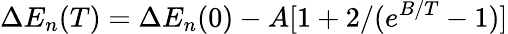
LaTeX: \Delta E_{n}(T)=\Delta E_{n}(0)-A[1+2/(e^{B/T}-1)]